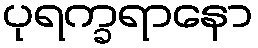
ပုရက္ခရာနော